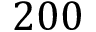
2 0 0